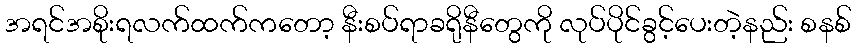
အရင်အစိုးရလက်ထက်ကတော့ နီးစပ်ရာခရိုနီတွေကို လုပ်ပိုင်ခွင့်ပေးတဲ့နည်း စနစ်